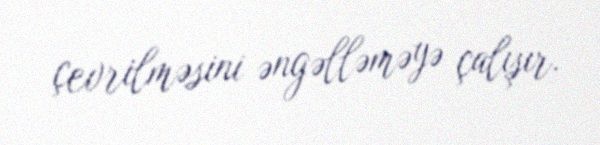
çevrilməsini əngəlləməyə çalışır.